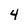
Character: 4